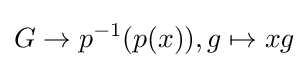
G\to p^{-1}(p(x)),g\mapsto xg